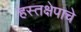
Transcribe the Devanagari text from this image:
हस्तक्षेपाचे